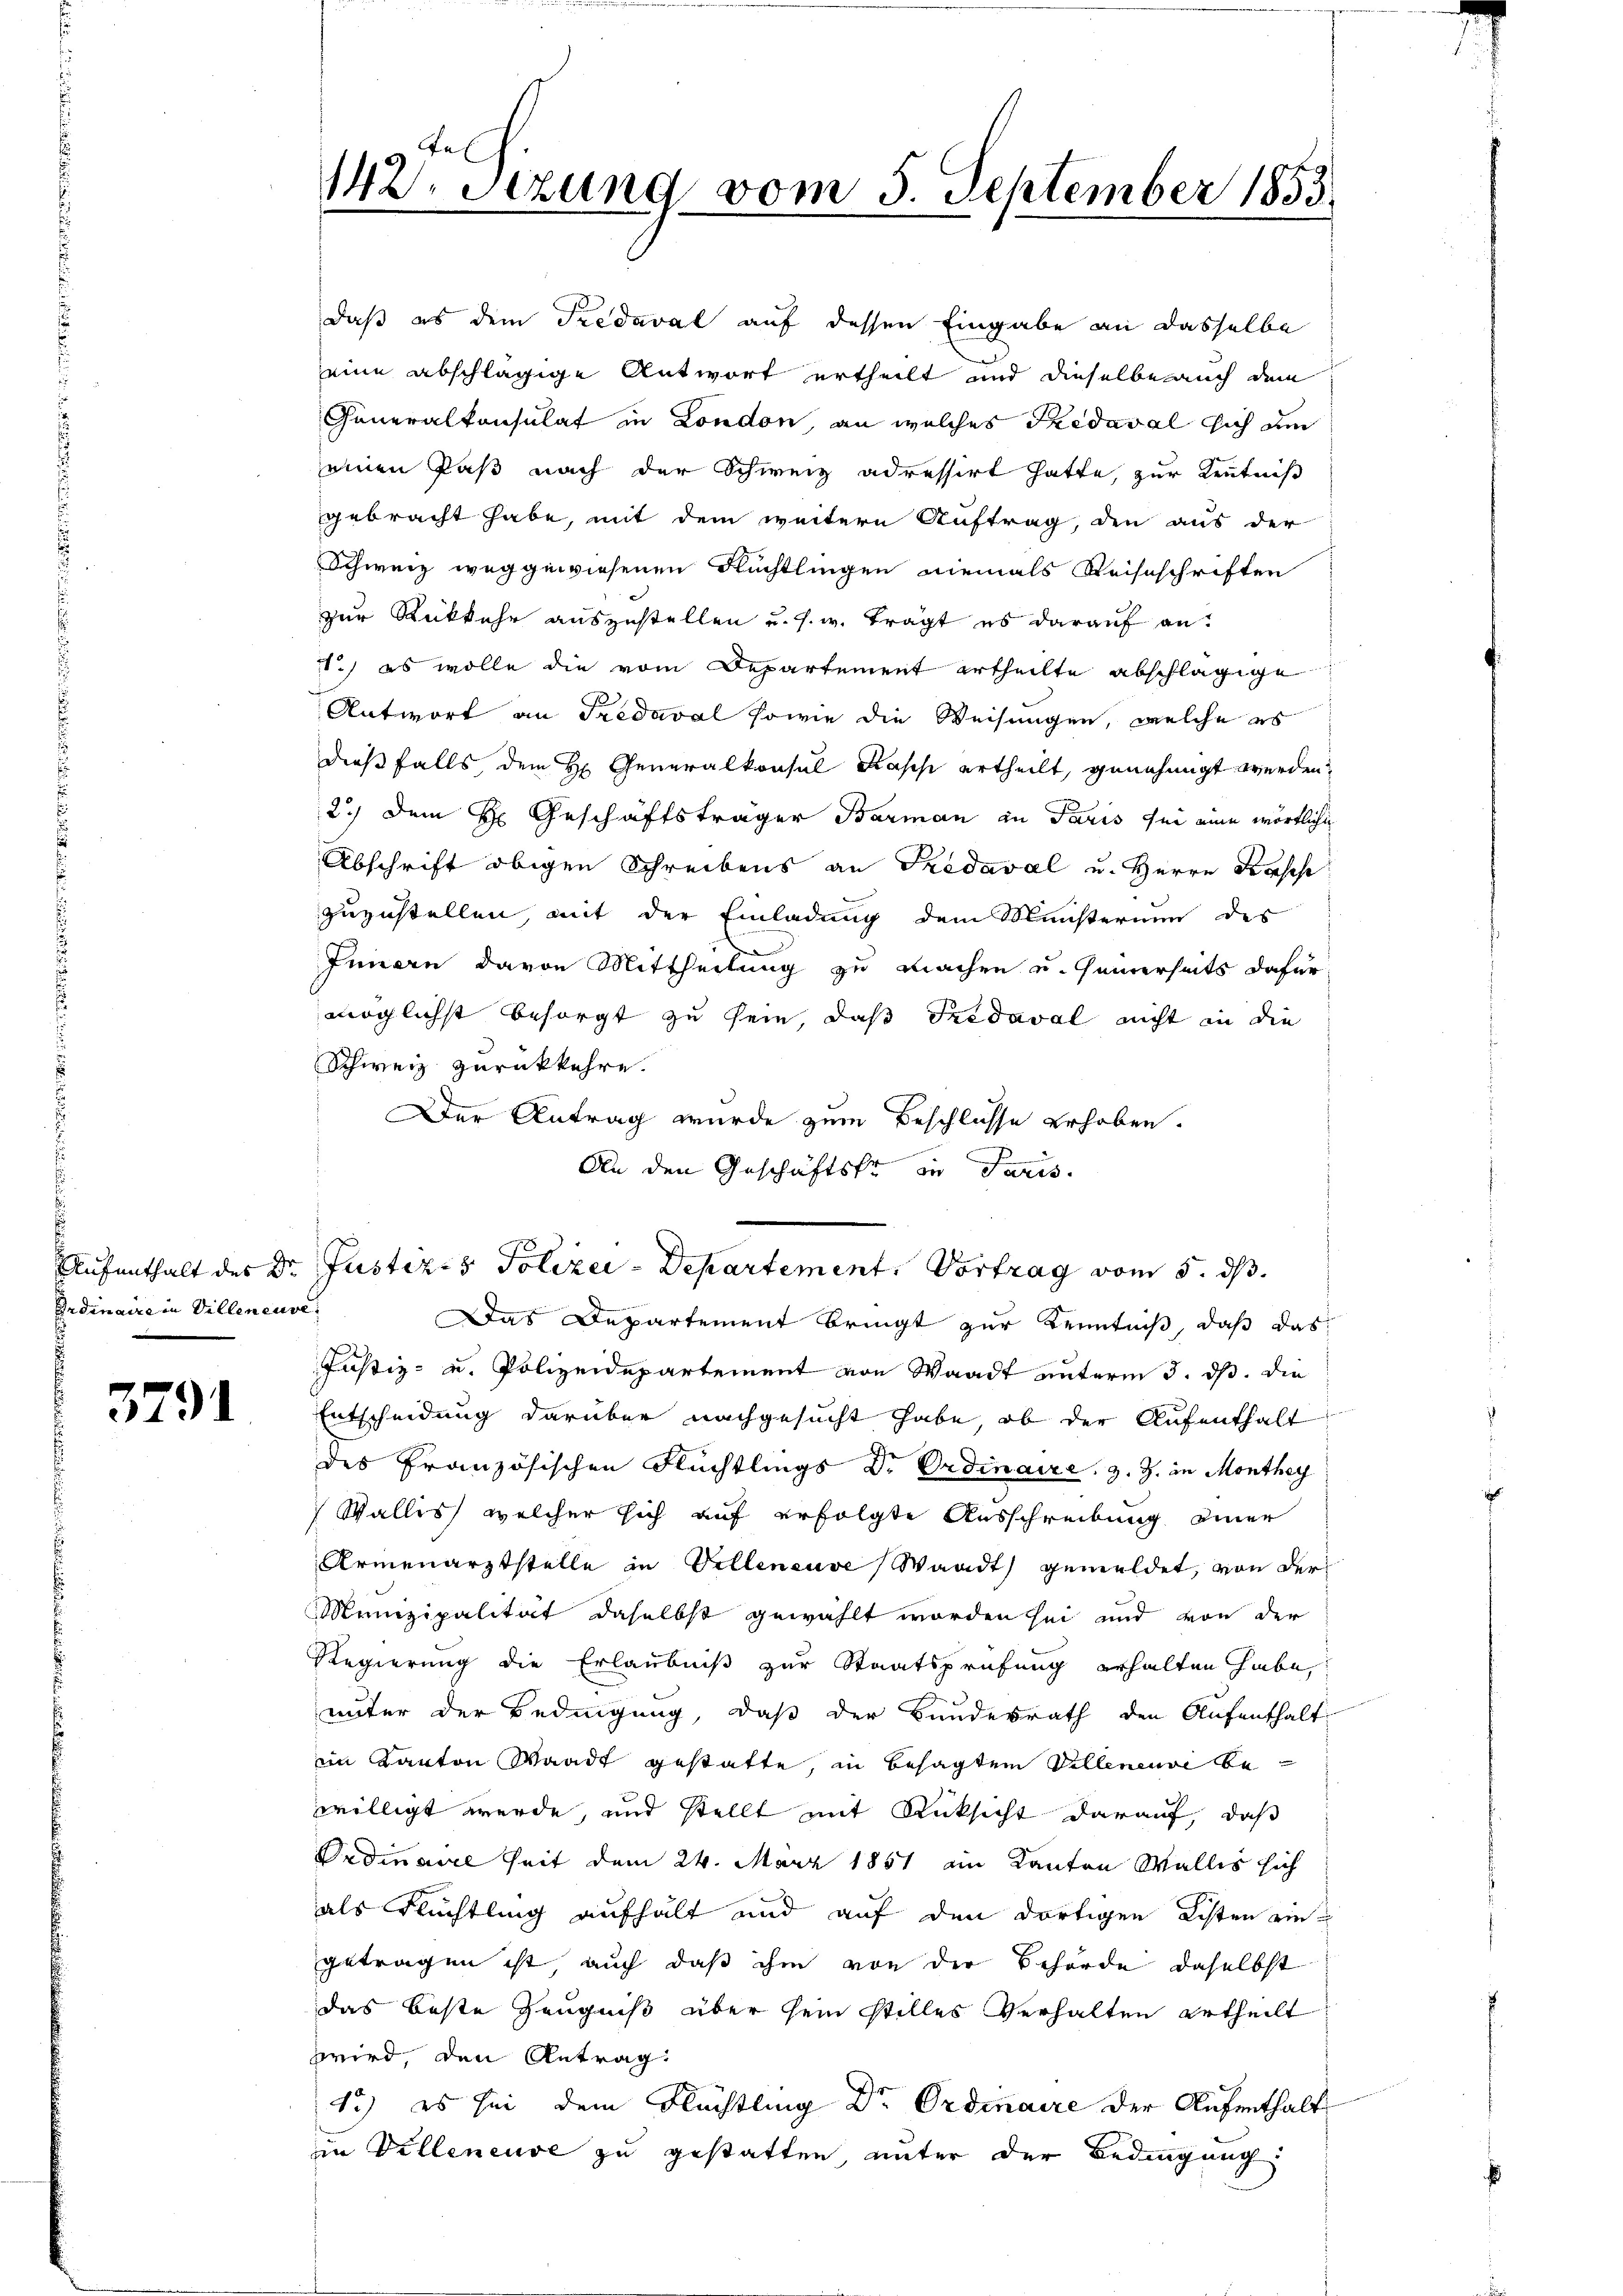
Ordinaire in Villeneuve

3791

142. Setzung vom 5. September 1853.

daß es dem Fredaval auf dessen Eingabe an dasselbe
eine abschlägige Antwort ertheilt und dieselbe auch dem
Generalkonsulat in London, an welches Thedaval sich den
einen Paß nach der Schweiz adressirt hatte, zur Kenntniß
gebracht habe, mit dem weitere Auftrag, den aus der
Schweiz weggewiesenen Rechtlingen niemals Reiseschriften
zur Rückkehr auszustellen u. s. w. trägt es darauf an:
1.) es wolle die vom Departement ertheilte abschlägige
Antwort an Fredaval sowie die Weisungen, welche es
dießfalls dem H. Generalkonsul Kasch ertheilt, genehmigt werden
2.) Dem H: Geschäftsträger Barman in Paris sei eine wörtliche
Abschrift obigen Schreibens an Szedaval u. Herrn Kasse
zuzustellen, mit der Einladung dem Ministerium des
Innern davon Mittheilung zu machen u. seinerseits dafür
möglichst besorgt zu sein, daß Fredaval nicht in die
Schweiz zurückkehre.
Der Antrag wurde zum Beschlüsse erhoben.
An den Geschäftske in Paris.
Das Departement bringt zur Kenntniß, daß das
Justiz- u. Polizeidepartement von Waadt unterm 3. ds. die
Entscheidung darüber nachgesucht habe, ob der Aufenthalt
des Französischen Flüchtlings Dr. Ordinaire, z. Z. in Monthey
Wallis, welcher sich auf erfolgte Ausschreibung einer
Armenarztstelle in Villeneuve, Waadt gemeldet, von der
Munizipalität daselbst gewählt worden sei und von der
Regierung die Erlaubniß zur Staatsprüfung erhalten habe,
unter der Bedingung, daß der Bundesrath den Aufenthalt
im Kanton Waadt gestatte, in besagten Villeneuve be
willigt werde, und stellt mit Rücksicht darauf, daß
Ordinavel seit dem 24. März 1851 am Kanton Wallis sich
als Flüchtling aufhalt und auf den dortigen Listen eingetragen ist, auch daß ihm von der Behörde daselbst
das beste Zeugniß über sein stilles Verhalten ertheilt
wwird, den Antrag
1.) es sei dem Flüchtling Dr. Ordinaire der Aufenthalt
in Velleneuse zu gestatten unter der Bedingung

Aufenthalt des Dr. Justiz- & Polizei-Departement. Vortrag vom 5. ds.